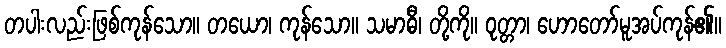
တပါးလည်းဖြစ်ကုန်သော။ တယော၊ ကုန်သော။ သမာဓီ၊ တို့ကို။ ဝုတ္တာ၊ ဟောတော်မူအပ်ကုန်၏။